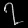
Digit: ၇